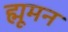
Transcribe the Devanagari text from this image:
ह्मूमन